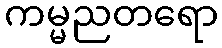
ကမ္မညတရော